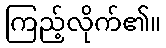
ကြည့်လိုက်၏။